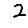
Digit: 2